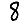
Digit: 8